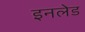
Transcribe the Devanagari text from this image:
इनलेड